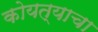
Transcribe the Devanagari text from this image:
कोयत्याचा